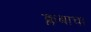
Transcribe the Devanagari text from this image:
क्लबाचा